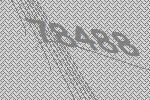
78488